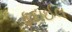
ફદાઈલ